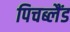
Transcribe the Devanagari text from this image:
पिचब्लैंड